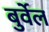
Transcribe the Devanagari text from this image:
बुर्वेल